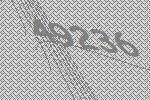
49236